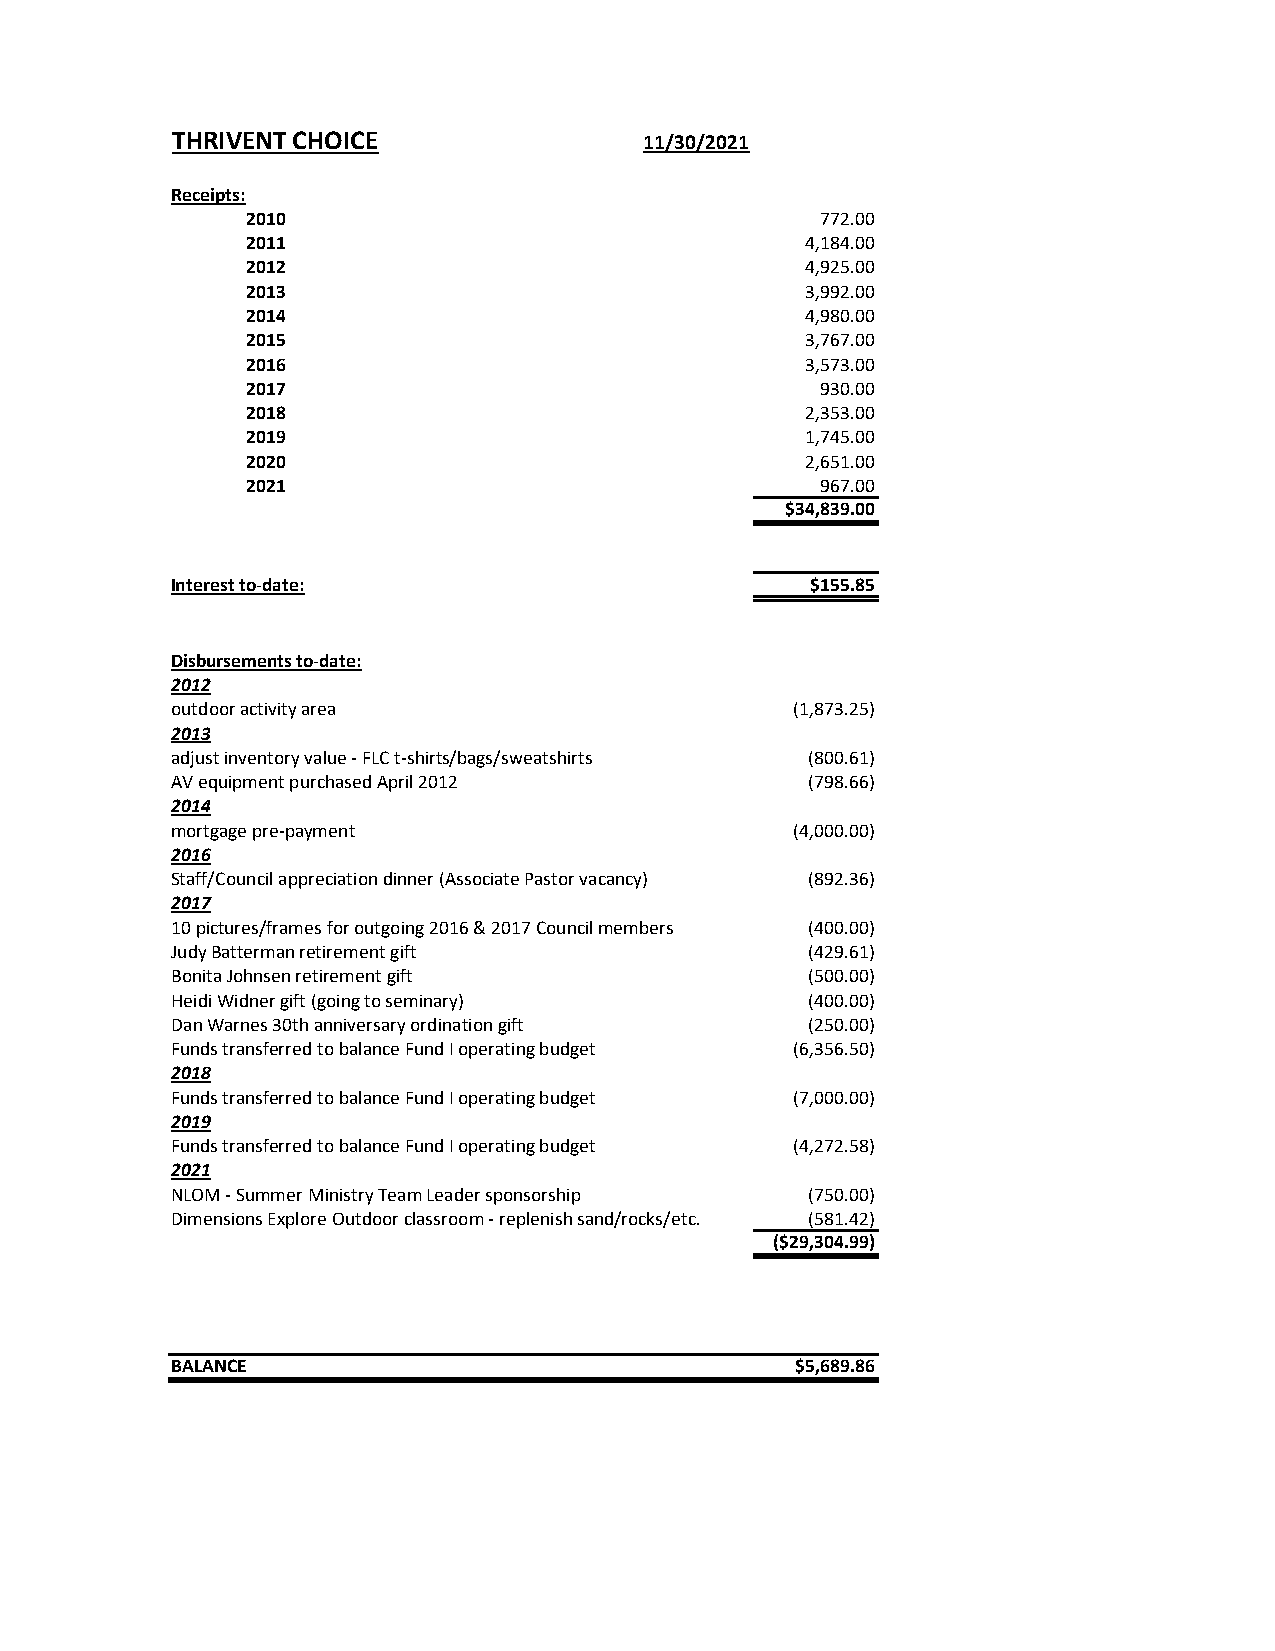
THRIVENT CHOICE                 11/30/2021
 Receipts:
 2010                                  772.00
 2011                                 4,184.00
 2012                                 4,925.00
 2013                                 3,992.00
 2014                                 4,980.00
 2015                                 3,767.00
 2016                                 3,573.00
 2017                                  930.00
 2018                                 2,353.00
 2019                                 1,745.00
 2020                                 2,651.00
 2021                                  967.00
 $34,839.00
 Interest to-date:                          $155.85
 Disbursements to-date:
 2012
 outdoor activity area                     (1,873.25)
 2013
 adjust inventory value - FLC t-shirts/bags/sweatshirts (800.61)
 AV equipment purchased April 2012         (798.66)
 2014
 mortgage pre-payment                      (4,000.00)
 2016
 Staff/Council appreciation dinner (Associate Pastor vacancy) (892.36)
 2017
 10 pictures/frames for outgoing 2016 & 2017 Council members (400.00)
 Judy Batterman retirement gift            (429.61)
 Bonita Johnsen retirement gift            (500.00)
 Heidi Widner gift (going to seminary)     (400.00)
 Dan Warnes 30th anniversary ordination gift (250.00)
 Funds transferred to balance Fund I operating budget (6,356.50)
 2018
 Funds transferred to balance Fund I operating budget (7,000.00)
 2019
 Funds transferred to balance Fund I operating budget (4,272.58)
 2021
 NLOM - Summer Ministry Team Leader sponsorship (750.00)
 Dimensions Explore Outdoor classroom - replenish sand/rocks/etc. (581.42)
 ($29,304.99)
 BALANCE                                   $5,689.86